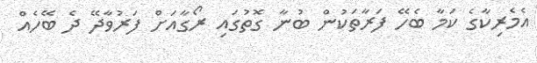
އެމެރިކާގެ ކަމާ ބެހޭ ފަރާތަކުން ބުނާ ގޮތުގައި ރޯގާއަށް ފަރުވާދޭ ދެ ބޭހެއް